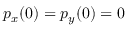
p _ { x } ( 0 ) = p _ { y } ( 0 ) = 0